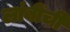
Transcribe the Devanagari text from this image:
लांबींची